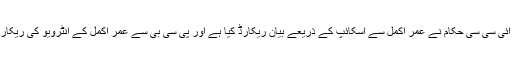
ذرائع کا کہنا ہے کہ آئی سی سی حکام نے عمر اکمل سے اسکائپ کے ذریعے بیان ریکارڈ کیا ہے اور پی سی بی سے عمر اکمل کے انٹرویو کی ریکارڈنگ مانگی گئی ہے۔